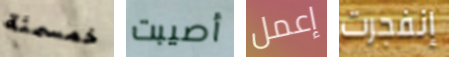
خمسمئة أصيبت إعمل إنفجرت